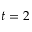
t = 2